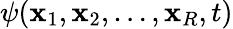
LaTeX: \psi(\mathbf{x}_{1},\mathbf{x}_{2},\ldots,\mathbf{x}_{R},t)